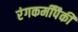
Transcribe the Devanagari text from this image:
रंगकर्मींपैकी